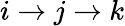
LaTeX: i\to j\to k